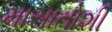
માસાતોશી